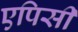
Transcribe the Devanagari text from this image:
एपिसी